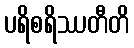
ပရိစရိဿတီတိ